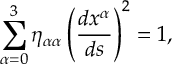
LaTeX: \sum _ { \alpha = 0 } ^ { 3 } \eta _ { \alpha \alpha } \left( \frac { d x ^ { \alpha } } { d s } \right) ^ { 2 } = 1 ,